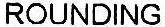
ROUNDING